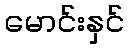
မောင်းနှင်